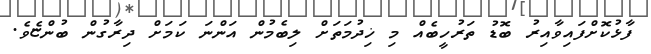
ފާޅުކޮށްފައިވާއިރު ބޮޑު ތަރުހީބެއް މި ޚިދުމަތަށް ލިބެމުން އަންނަ ކަމަށް ދިރާގުން ބުންޏެވެ.